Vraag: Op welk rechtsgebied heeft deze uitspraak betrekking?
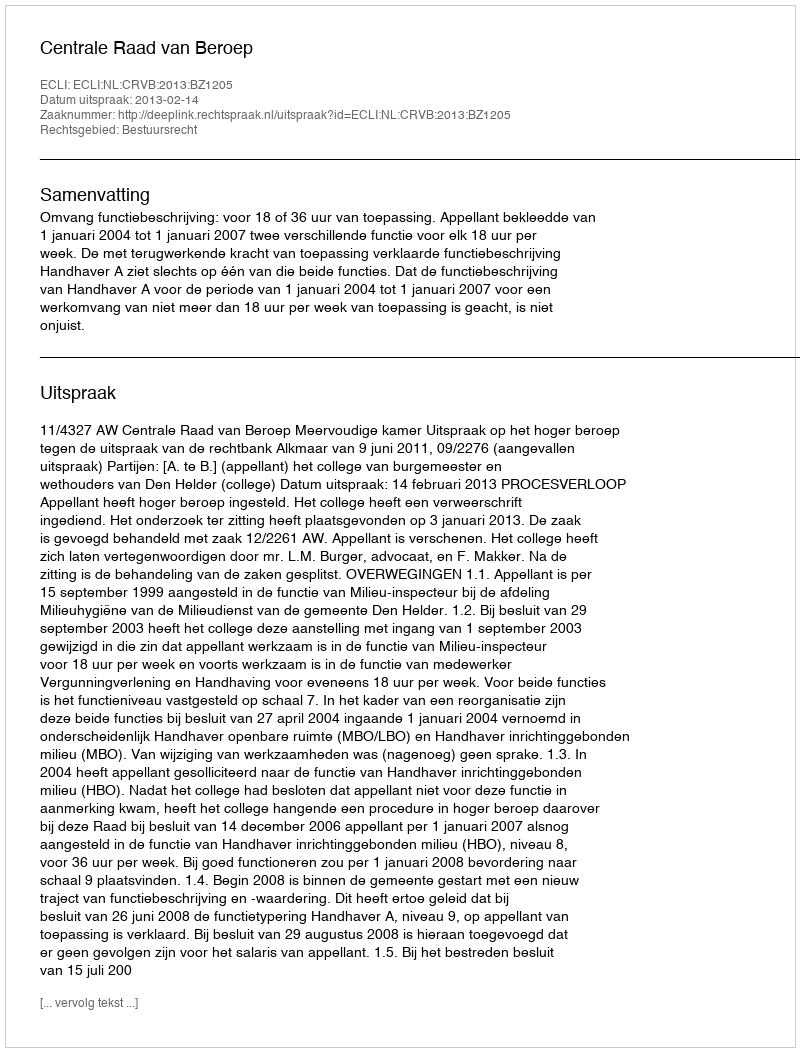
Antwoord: Bestuursrecht